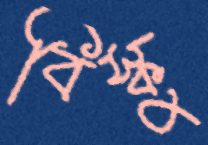
বিস্কু